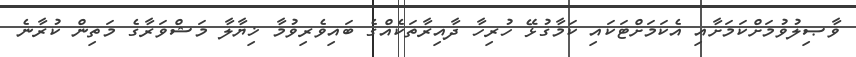
ވާޞިލުވުމަށްކަމަށާއި އެކަމަށްޓަކައި ކަމާގުޅޭ ހުރިހާ ދާއިރާތަކެއްގެ ބައިވެރިވުމާ ޚިޔާލާ މަޝްވަރާގެ މަތިން ކުރާނެ